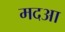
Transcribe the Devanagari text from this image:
मदआ